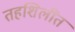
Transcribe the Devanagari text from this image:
तहशिलींत